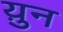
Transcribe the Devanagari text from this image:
य़ुन